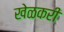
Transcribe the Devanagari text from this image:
खेळकरी